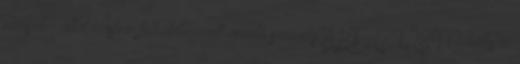
miniszter által írásban felhatalmazott vezető személy. ÁHT 279289 Őrbottyán